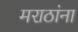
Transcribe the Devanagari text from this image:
मराठांना